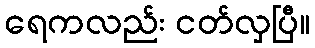
ရေကလည်း ငတ်လှပြီ။